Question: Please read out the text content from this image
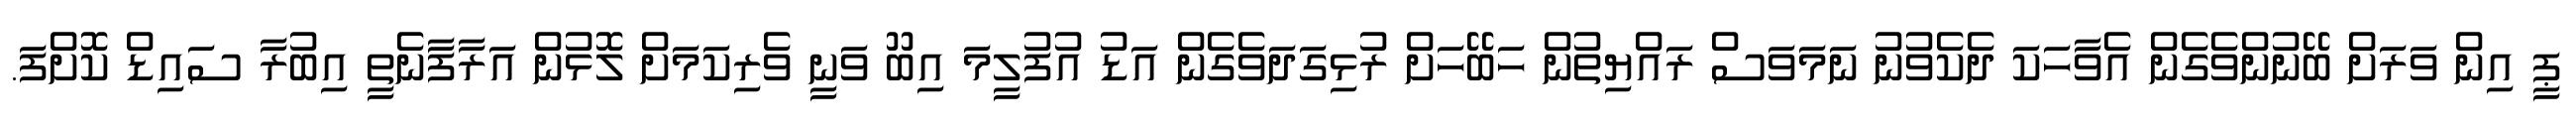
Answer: ޕީ އިން ވަރަށް ބޭނުންވެގެން އެވާހަކަ ދެކެވުނު ނަމަވަސް ރައްޔިތުން ހަބޭހަށް ރުޅިގަދަވެގެން އަޑު އުފުލީމަ އިބޫ ވަނީ ވެރިކަމަށް ލޮޅުން އަރާފާނެތީ އިބުރާ ސައިޑް ކޮށްފަ.